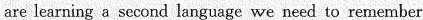
are learning a second language we need to remember